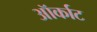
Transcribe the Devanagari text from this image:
ऑर्काट